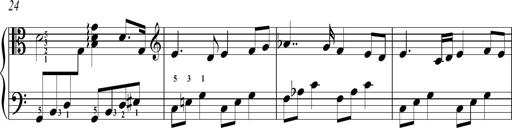
Title: Sonatina No.2 in C
Composer: A. Marando
Key: C major